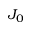
J _ { 0 }